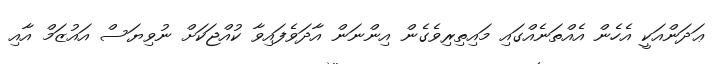
ޢަދަންއަކީ އެހެން އެއްތަނެއްގައި މައިތިރިވެގެން އިންނަން އާދަވެފައިވާ ކުއްޖަކަށް ނުވިޔަސް އައުޒަމް އާއި